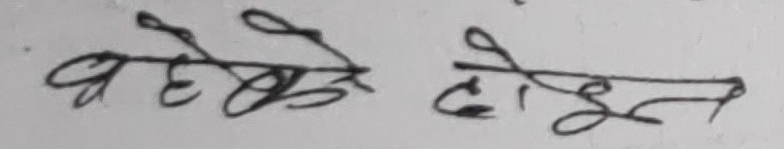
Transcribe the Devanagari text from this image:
बहेके होइन